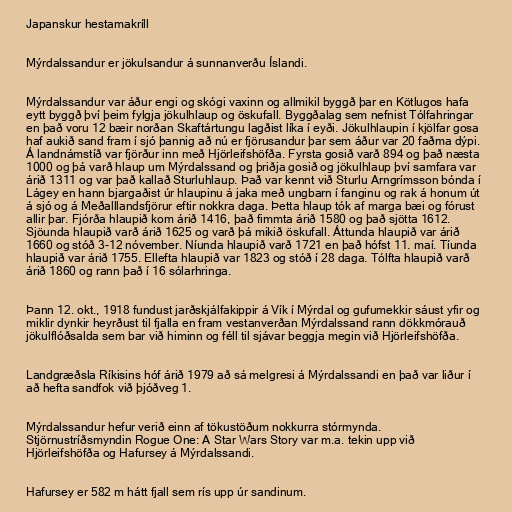
Japanskur hestamakríll

Mýrdalssandur er jökulsandur á sunnanverðu Íslandi.

Mýrdalssandur var áður engi og skógi vaxinn og allmikil byggð þar en Kötlugos hafa
eytt byggð því þeim fylgja jökulhlaup og öskufall. Byggðalag sem nefnist Tólfahringar
en það voru 12 bæir norðan Skaftártungu lagðist líka í eyði. Jökulhlaupin í kjölfar gosa
haf aukið sand fram í sjó þannig að nú er fjörusandur þar sem áður var 20 faðma dýpi.
Á landnámstíð var fjörður inn með Hjörleifshöfða. Fyrsta gosið varð 894 og það næsta
1000 og þá varð hlaup um Mýrdalssand og þriðja gosið og jökulhlaup því samfara var
árið 1311 og var það kallað Sturluhlaup. Það var kennt við Sturlu Arngrímsson bónda í
Lágey en hann bjargaðist úr hlaupinu á jaka með ungbarn í fanginu og rak á honum út
á sjó og á Meðalllandsfjörur eftir nokkra daga. Þetta hlaup tók af marga bæi og fórust
allir þar. Fjórða hlaupið kom árið 1416, það fimmta árið 1580 og það sjötta 1612.
Sjöunda hlaupið varð árið 1625 og varð þá mikið öskufall. Áttunda hlaupið var árið
1660 og stóð 3-12 nóvember. Níunda hlaupið varð 1721 en það hófst 11. maí. Tíunda
hlaupið var árið 1755. Ellefta hlaupið var 1823 og stóð í 28 daga. Tólfta hlaupið varð
árið 1860 og rann það í 16 sólarhringa.

Þann 12. okt., 1918 fundust jarðskjálfakippir á Vík í Mýrdal og gufumekkir sáust yfir og
miklir dynkir heyrðust til fjalla en fram vestanverðan Mýrdalssand rann dökkmórauð
jökulflóðsalda sem bar við himinn og féll til sjávar beggja megin við Hjörleifshöfða.

Landgræðsla Ríkisins hóf árið 1979 að sá melgresi á Mýrdalssandi en það var liður í
að hefta sandfok við þjóðveg 1.

Mýrdalssandur hefur verið einn af tökustöðum nokkurra stórmynda.
Stjörnustríðsmyndin Rogue One: A Star Wars Story var m.a. tekin upp við
Hjörleifshöfða og Hafursey á Mýrdalssandi.

Hafursey er 582 m hátt fjall sem rís upp úr sandinum.